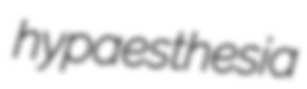
hypaesthesia